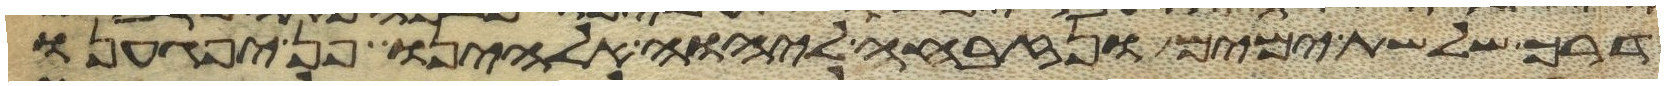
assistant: דרך שלשת ימים ונזבחה ליהוה אלהינו פן יפגענו